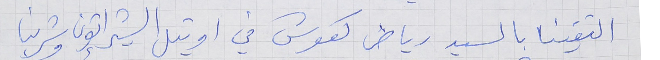
التقينا بالسيد رياض كعوش في اوتيل الشيراتون وشربنا